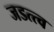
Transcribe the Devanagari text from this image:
जडत्त्व